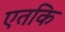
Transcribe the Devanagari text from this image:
एतकि